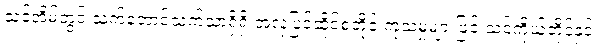
သင့်အိမ်တွင် သက်တောင့်သက်သာရှိရှိ အလှပြင်ဆိုင်စတိုင် ကုသမှုများဖြင့် သင်ကိုယ်တိုင်နှင့်